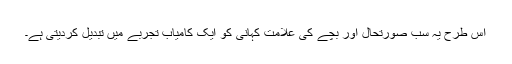
اس طرح یہ سب صورتحال اور بچے کی علامت کہانی کو ایک کامیاب تجربے میں تبدیل کردیتی ہے۔